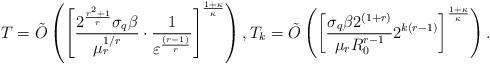
LaTeX: \begin{align*} T = \tilde{O}\left( \left[ \frac{2^\frac{r^2 + 1}{r}\sigma_q \beta}{\mu_r^{1/r}} \cdot \frac{1}{\varepsilon^{\frac{(r-1)}{r}}}\right]^\frac{1+\kappa}{\kappa} \right), T_k = \tilde{O}\left( \left[ \frac{\sigma_q \beta 2^{(1+r)}}{\mu_r R_0^{r-1}} 2^{k(r-1)}\right]^\frac{1+\kappa}{\kappa} \right). \end{align*}